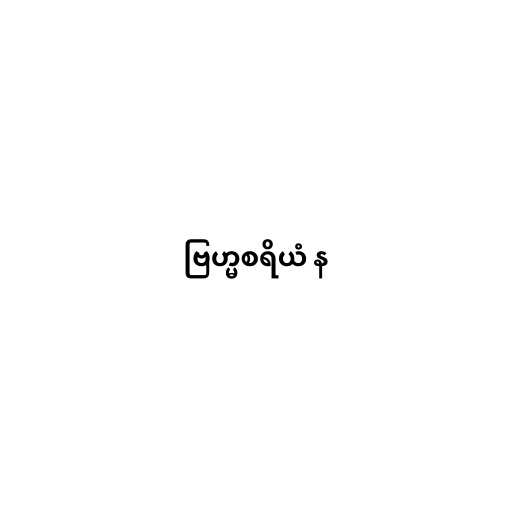
ဗြဟ္မစရိယံ န